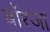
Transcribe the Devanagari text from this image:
बॉरजा